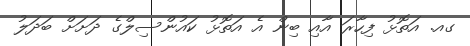
ގއ. އަތޮޅު ފިހާރަ އާއި ބިން އެ އަތޮޅު ކައުންސިލްގެ ދަށަށް ބަދަލު